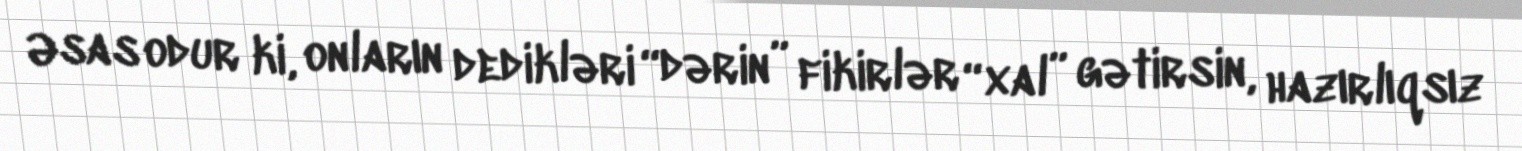
Əsas odur ki, onların dedikləri “dərin” fikirlər “xal” gətirsin, hazırlıqsız